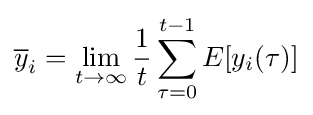
{\overline {y}}_{i}=\lim _{t\to \infty }{\frac {1}{t}}\sum _{\tau =0}^{t-1}E[y_{i}(\tau )]